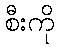
စီးကို